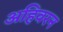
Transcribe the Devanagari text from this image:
अहिवरन